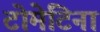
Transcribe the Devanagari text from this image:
टोमेटिना